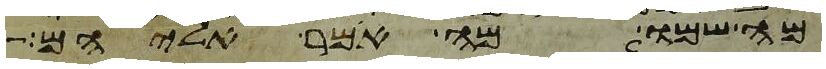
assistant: מה שמו מה אמר אליהם